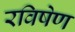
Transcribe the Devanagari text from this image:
रविषेण